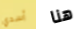
أسدي هنا